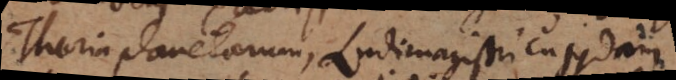
Theoria planetarum, Ludimagistri cujusdam